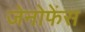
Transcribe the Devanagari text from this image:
जेनोफेंस